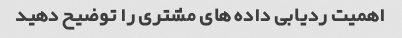
اهمیت ردیابی داده های مشتری را توضیح دهید